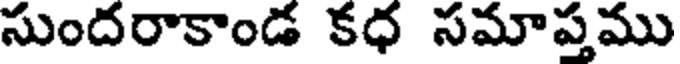
సుందరాకాండ కధ సమాప్తము